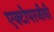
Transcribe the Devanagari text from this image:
एक्टोपरजीवी